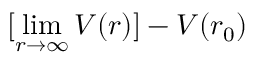
[ \operatorname* { l i m } _ { r \to \infty } V ( r ) ] - V ( r _ { 0 } )